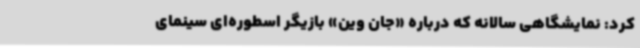
کرد: نمایشگاهی سالانه که درباره «جان وین» بازیگر اسطوره‌ای سینمای